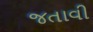
જતાવી